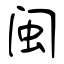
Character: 闽